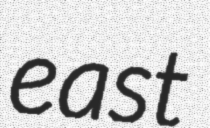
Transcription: east